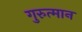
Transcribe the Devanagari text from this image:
गुरुत्मान